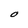
Character: O